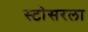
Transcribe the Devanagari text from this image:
स्टोसरला